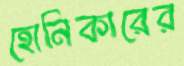
হোনিকারের